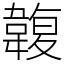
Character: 䪖